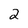
Character: 2